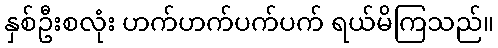
နှစ်ဦးစလုံး ဟက်ဟက်ပက်ပက် ရယ်မိကြသည်။